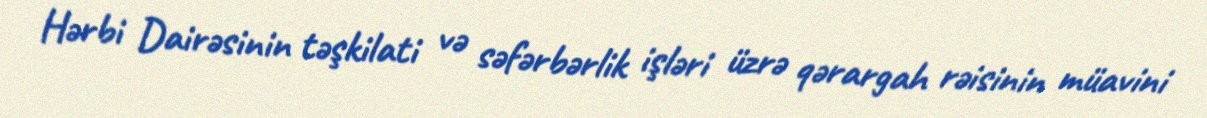
Hərbi Dairəsinin təşkilati və səfərbərlik işləri üzrə qərargah rəisinin müavini